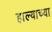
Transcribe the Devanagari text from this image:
हाल्याच्या